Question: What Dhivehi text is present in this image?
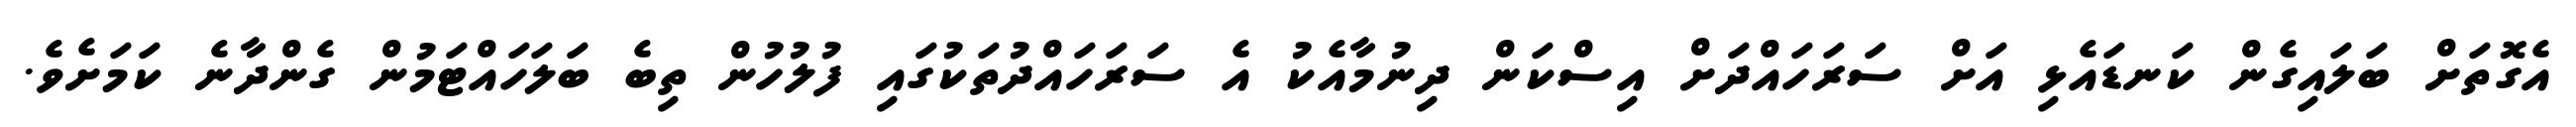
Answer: އެގޮތަށް ބަލައިގެން ކަނޑައެޅި އަށް ސަރަހައްދަށް އިސްކަން ދިނުމާއެކު އެ ސަރަހައްދުތަކުގައި ފުލުހުން ތިބެ ބަލަހައްޓަމުން ގެންދާނެ ކަމަށެވެ.